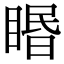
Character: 䁕